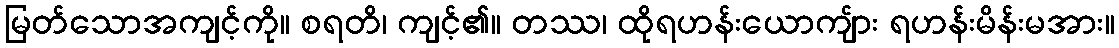
မြတ်သောအကျင့်ကို။ စရတိ၊ ကျင့်၏။ တဿ၊ ထိုရဟန်းယောကျ်ား ရဟန်းမိန်းမအား။